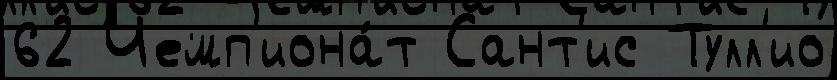
62 Чемп'иона́т Сант'ис Тулл'ио